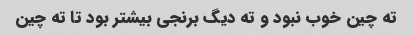
ته چین خوب نبود و ته دیگ برنجی بیشتر بود تا ته چین